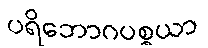
ပရိဘောဂပစ္စယာ